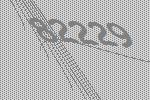
82229